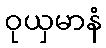
ဝုယှမာနံ